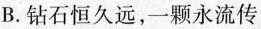
B.钻石恒久远，一颗永流传